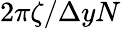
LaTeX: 2\pi\zeta/\Delta yN